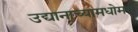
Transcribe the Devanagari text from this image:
उद्यानाच्यामधोमध